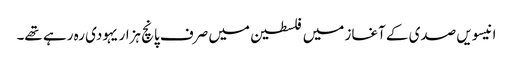
انیسویں صدی کے آغاز میں فلسطین میں صرف پانچ ہزار یہودی رہ رہے تھے۔